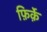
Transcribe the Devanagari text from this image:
फ़िर्क़े